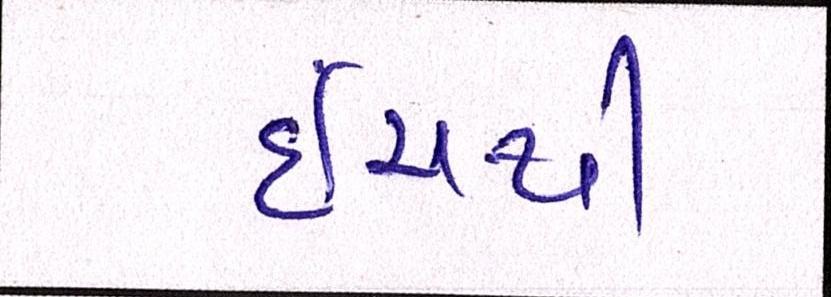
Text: ઇંચથી